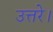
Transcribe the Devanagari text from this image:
उत्तरे।